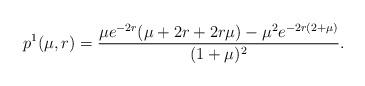
LaTeX: \begin{align*}p^1(\mu,r)=\frac{\mu e^{-2r}(\mu+2r+2r\mu)-\mu^2e^{-2r(2+\mu)}}{(1+\mu)^2}.\end{align*}